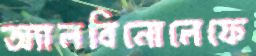
অ্যালবিনোলেফে